system: You are a helpful assistant.
user:
Analyze the provided spectrum to determine if it is a **Carbon Star (C-type)**.

- **Key Visual Indicators of Carbon Star:**
    - **(Primary):** Strong molecular absorption from **C₂ (diatomic carbon) "Swan Bands."** This is the **defining feature** of a carbon star.
        - **(Key Bandheads):** Sharp absorption edges are visible at approximately $5635$ Å, $5165$ Å (the strongest band), and $4737$ Å.
        - **(Line Profile):** Creates a distinct **"saw-tooth"** pattern. The key morphology is a sharp, steep bandhead on the **red (long-wavelength) side**, which then gradually tapers off (i.e., flux recovers) towards the **blue (short-wavelength) side**. *(This is the direct opposite of the TiO bands seen in M-type stars)*.

    - **(Secondary):** Intense **CN (cyanogen)** molecular absorption bands.
        - **(Key Bandheads):** Located in the blue and violet regions of the spectrum (e.g., near $4215$ Å and $3883$ Å).
        - **(Morphology):** These bands are extremely broad and act as a "blanket," absorbing the vast majority of blue and violet light. This creates a characteristic **"cliff"** or **"steep drop-off"** in the spectrum's flux at short wavelengths.

    - **(Key Confirmation):** Strong **CH absorption band (G-band)**.
        - **(Key Bandhead):** Located around $4300$ Å. The contribution from CH molecules to this band is exceptionally strong.

    - **(Overall Spectrum):**
        - The continuum is severely "chopped up" by these deep molecular bands, especially C₂, rather than appearing as a smooth curve.
        - Due to the heavy CN and C₂ absorption in the blue-green, the vast majority of the star's flux is concentrated in the red part of the spectrum, giving the star its characteristic deep red color.

Think first, call **spectral_visualization_tool** if needed to examine features in detail, then provide your final answer. Your response must adhere to the following strict rules:
1.  **Overall Structure:** Your response must follow the format `<think>...</think> <tool_call>...</tool_call> (if a tool is used) <answer>...</answer>`.
2.  **Tool Usage Constraint:** You may only make **one** tool call per turn.
3.  **Final Answer Format:** In the `<answer>` tag, your conclusion must be inside a `\boxed{}` command (e.g., `\boxed{YES}`), followed by your justification.

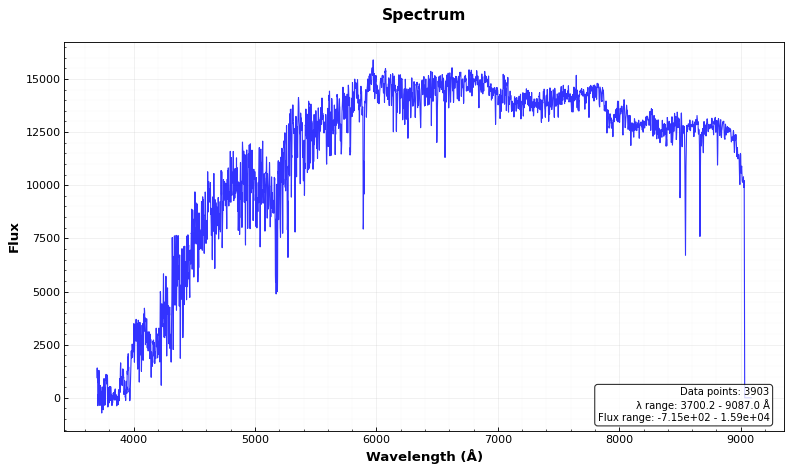
Answer: NO